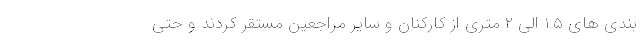
بندی های ۱.۵ الی ۲ متری از کارکنان و سایر مراجعین مستقر کردند و حتی